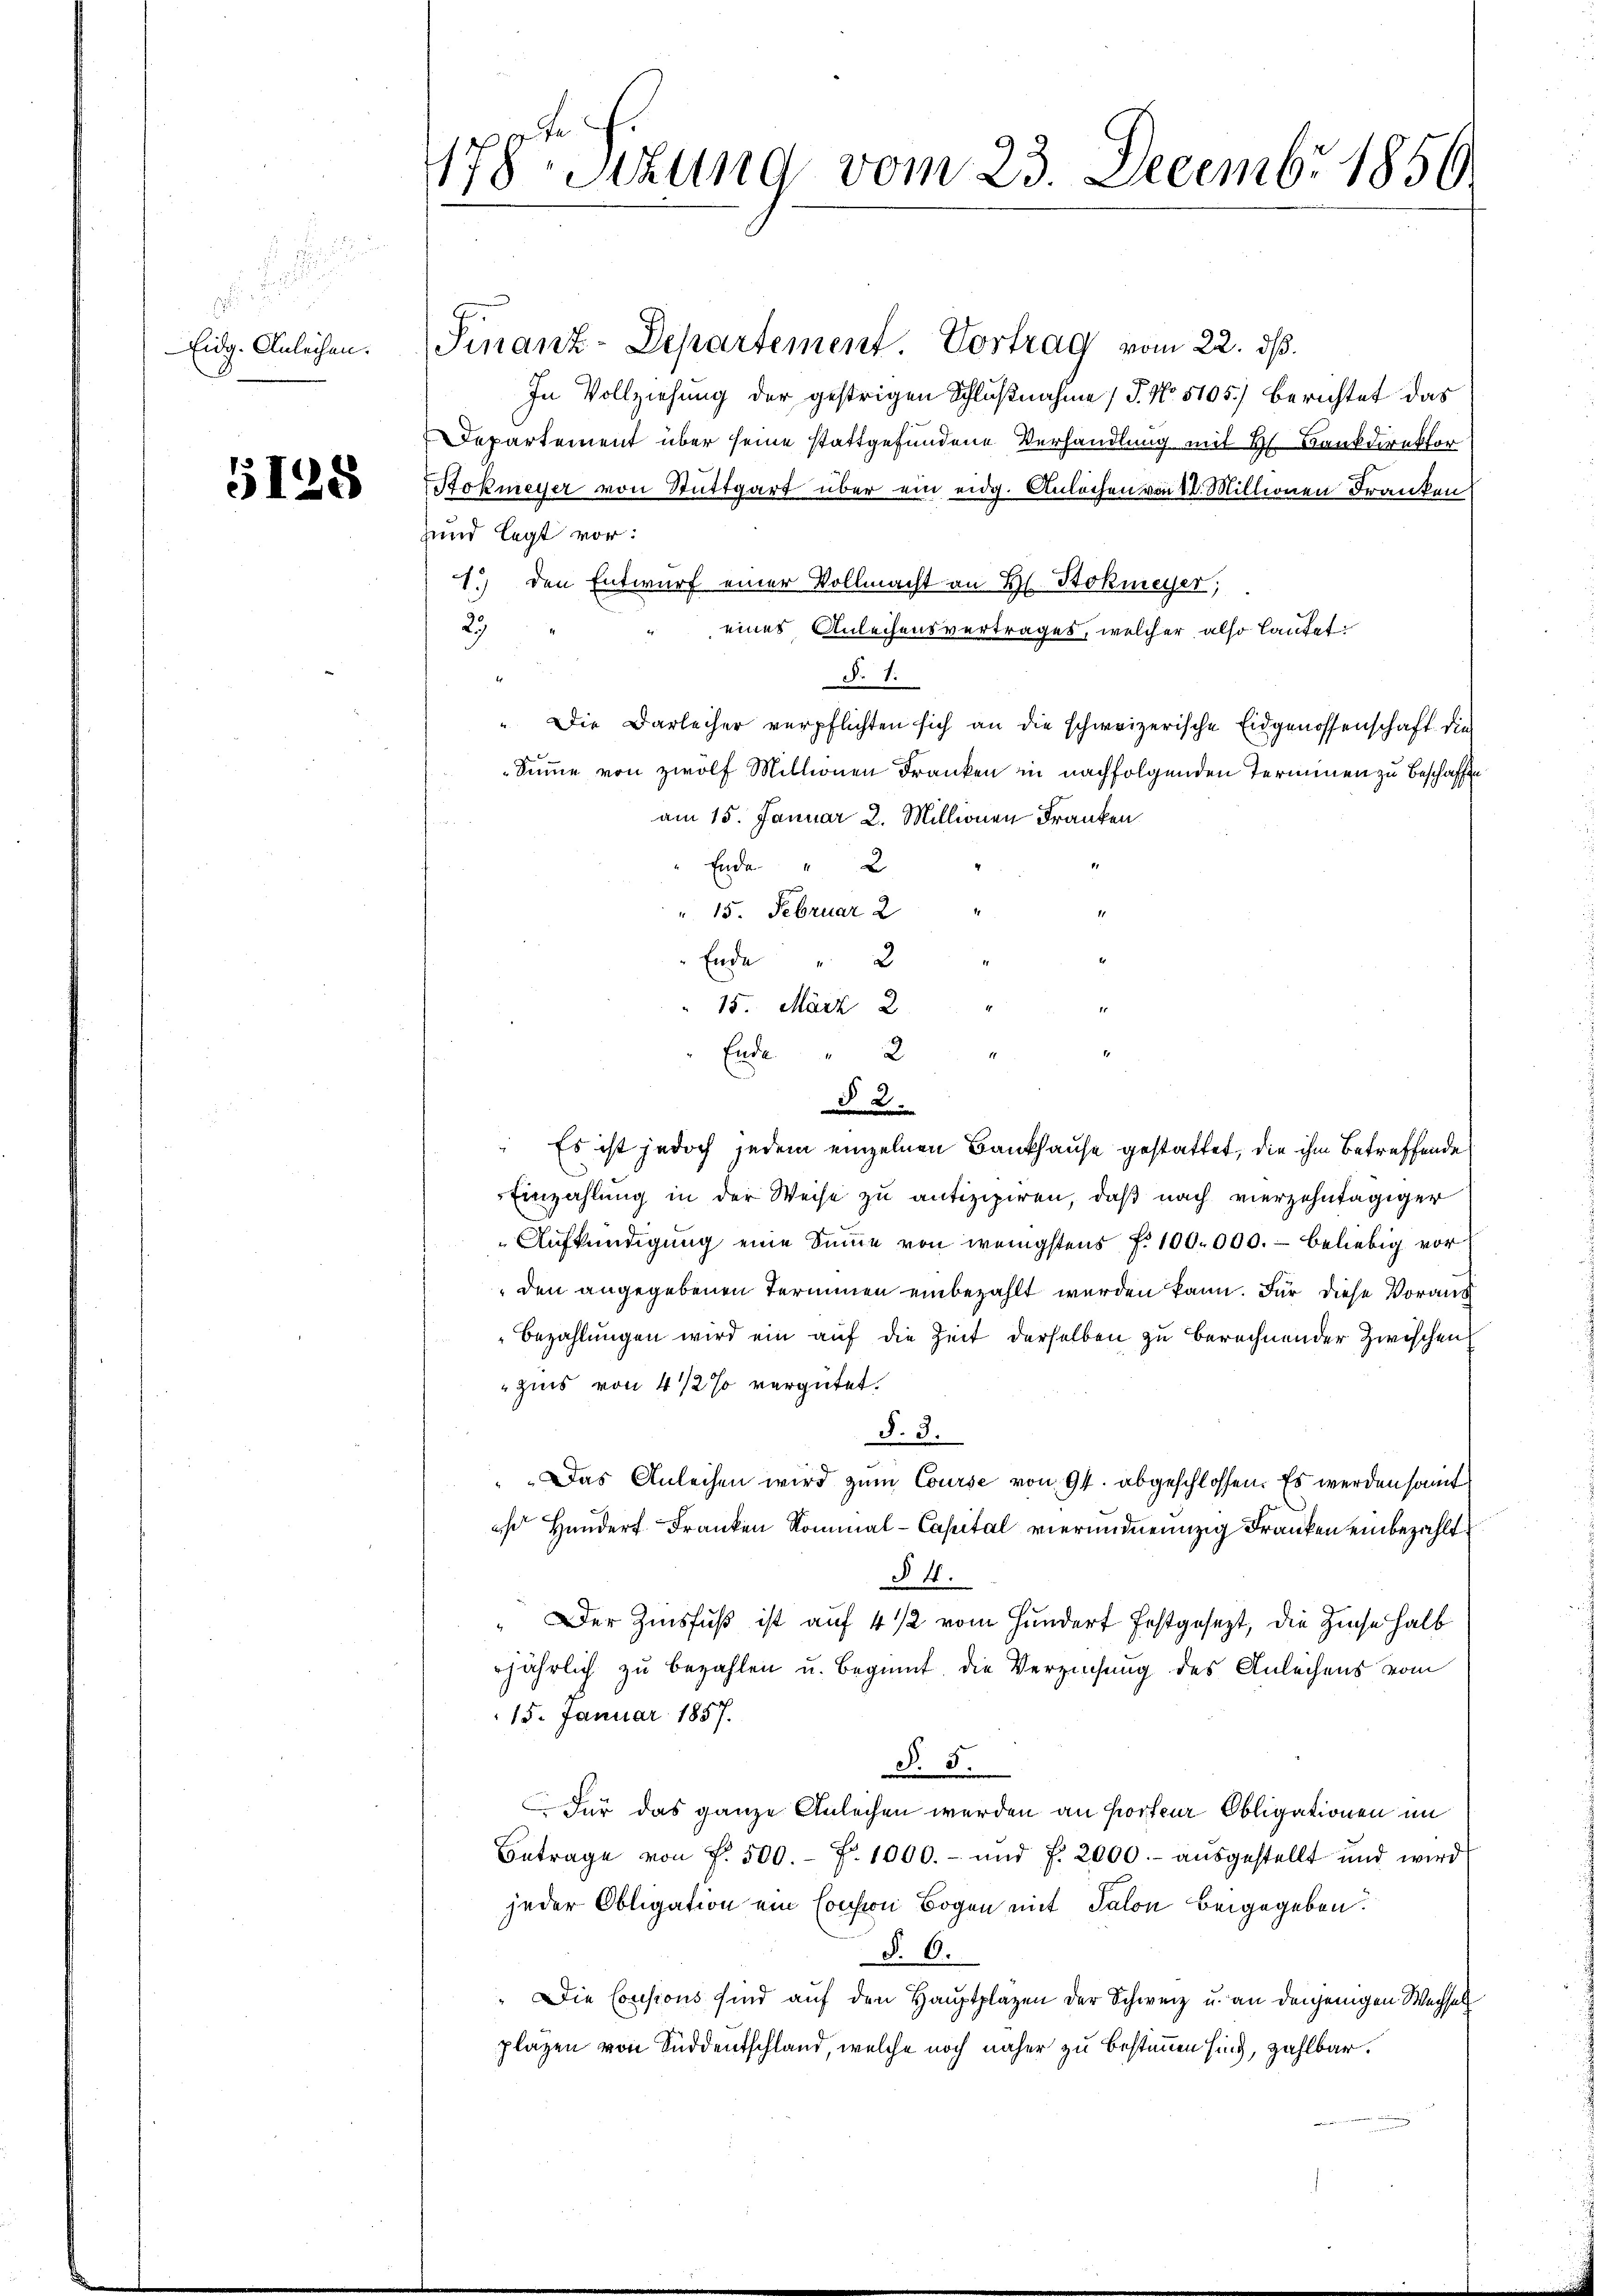
Eidg. Anleihen.

5128

178 Sizung vom 23. Decembr 1850.

Finanz-Departement Vortrag vom 22. ds.
In Vollziehung der gestrigen Schlußnahme (T. No. 5105) Berichtet das
Departement über seine stattgefundene Verhandlung mit H. Bankdirekter
Stokmeyer von Stuttgart über ein eidg. Anlachen von 12. Millionen Franken
und legt vor:
1.) den Entwurf einer Vollmacht an H. Stokmeyer;
27
eines Anleihensvertrages, welcher also lautet
§. 1.
" Die Darleiher verpflichten sich an die schweizerische Eidgenossenschaft die
Sinne von zwölf Millionen Franken in nachfolgenden Terminen zu beschaffen
am 15. Januar 2. Millionen Franken.
" Ende " 2
". 15. Februar 2
Ende " 2
15. März 2
Ende 2
d
 Es ist jedoch jedem einzelnen Bankhause gestattet, die ihm betreffende
Einzahlung in der Weise zu antizipiren, daß nach vierzehntägiger
Aufkündigung eine Summe von wenigstens f. 100.000. - beliebig vor
den angegebenen Terminen einbezahlt werden kann. Für diese Voraus
Bezahlungen wird ein auf die Zeit derselben zu berechnender Zwischen
zins von 4 1/2 % vergütet.
§. 3.
" Das Anleihen wird zum Course von 94. abgeschlossen. Es werden somit
s Handert Franken Kommal-Capital vierundneunzig Franken einbezahlt
§ 41.
" Der Zinsfuß ist auf 4 1/2 vom Hundert festgesezt, die Zinse halb
jährlich zu bezahlen u. beginnt, die Verziehung des Anleihens vom
15. Januar 1857.
§. 5.
Für das ganze Anleihen werden an Porteur Obligationen im
Betrage von f. 500. f. 1000.- und f. 2000.- aŭsgestellt und wird
jeder Obligation ein Consion Bogen mit Salon beigegeben.
§. 6.
" Die Consions sind auf den Hauptplazen der Schweiz u. an denjenigen Wechsel
plazen von Süddentschland, welche noch näher zu bestimmen sind, zahlbar.